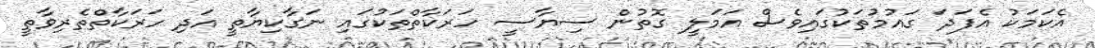
އެކަމަކު އެފަދަ ގައުމުތަކުގައިވެސް އަމަލީ ގޮތުން ސިޔާސީ ހަރަކާތްތަކުގައި ނަގާކިޔާތީ އަދި ހަރަކާތްތެރިވާތީ